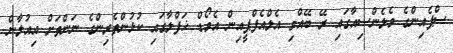
ސްޕެއިންގެ ވެލެންސިއާގައި ރޭ ބޭއްވި އެލްއެފްޕީއިން އެވޯޑް ޚަފްލާގައި ކުޅުންތެރިންގެ ނަންތަށް އިއުލާން